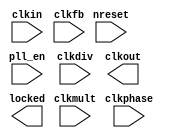
module oh_pll #(parameter N = 8) // number of clocks
   ( input            clkin,    // primary clock input
     input 	      nreset, // async active low reset
     input 	      clkfb, // feedback clock
     input 	      pll_en, // enable pll   
     input [N*8-1:0]  clkdiv, // clock divider settings (per clock)
     input [N*16-1:0] clkphase, // clock phase setting (rise/fall edge)
     input [7:0]      clkmult, // feedback clock multiplier 	       
     output [N-1:0]   clkout, // output clocks
     output 	      locked // PLL locked status
     );

`ifdef TARGET_SIM

   //insert PLL simulation model
   
`endif
      
endmodule